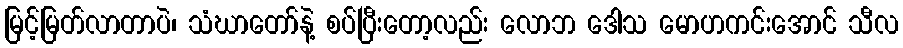
မြင့်မြတ်လာတာပဲ၊ သံဃာတော်နဲ့ စပ်ပြီးတော့လည်း လောဘ ဒေါသ မောဟကင်းအောင် သီလ